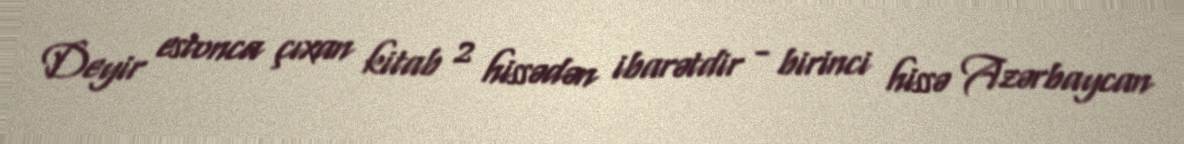
Deyir estonca çıxan kitab 2 hissədən ibarətdir - birinci hissə Azərbaycan